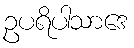
ဥပရိပါသာဒေ